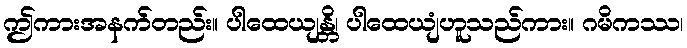
ဤကားအနက်တည်း။ ပါထေယျန္တိ၊ ပါထေယျံဟူသည်ကား။ ဂမိကဿ၊